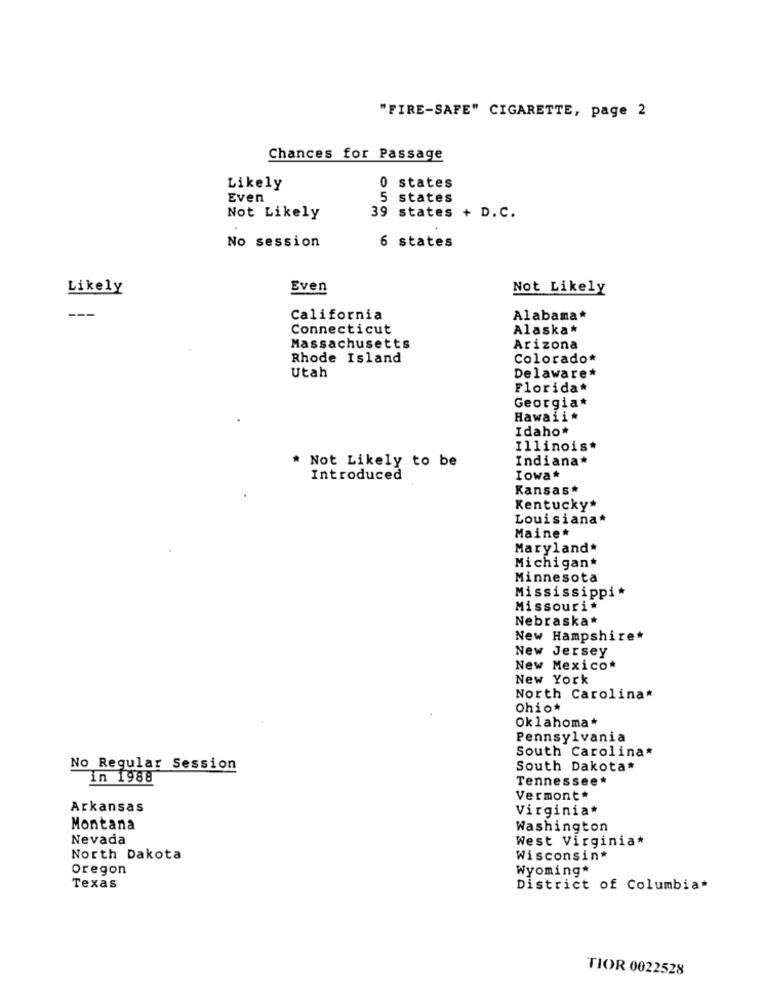
"FIRE-SAFE" CIGARETTE, page 2
Chances for Passage
Likely
0 states
Even
5 states
Not Likely
39 states + D.C.
6 states
No session
Likely
Even
Not Likely
---
California
Alabama*
Connecticut
Alaska*
Massachusetts
Arizona
Rhode Island
Colorado*
Utah
Delaware*
Florida*
Georgia*
Hawaii*
Idaho*
Illinois*
Not Likely to be
Indiana*
Introduced
Iowa*
Kansas*
Kentucky*
Louisiana*
Maine*
Maryland*
Michigan*
Minnesota
Mississippi*
Missouri
Nebraska*
New Hampshire*
New Jersey
New Mexico*
New York
North Carolina*
Ohio*
Oklahoma *
Pennsylvania
South Carolina*
No Regular Session
South Dakota*
in 1988
Tennessee*
Vermont*
Arkansas
Virginia*
Montana
Washington
Nevada
West Virginia*
North Dakota
Wisconsin*
Oregon
Wyoming*
Texas
District of Columbia*
TIOR 0022528